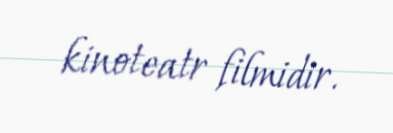
kinoteatr filmidir.